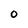
Character: O